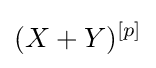
(X+Y)^{[p]}